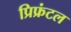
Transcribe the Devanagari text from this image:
प्रिफ्रंटल